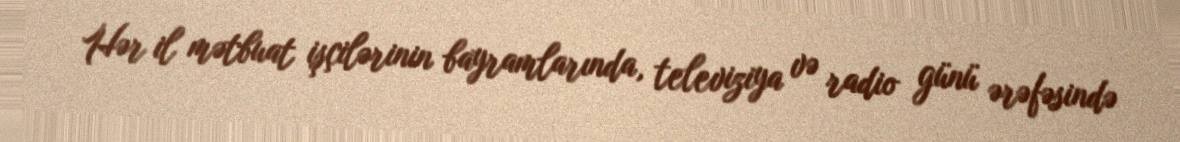
Hər il mətbuat işçilərinin bayramlarında, televiziya və radio günü ərəfəsində